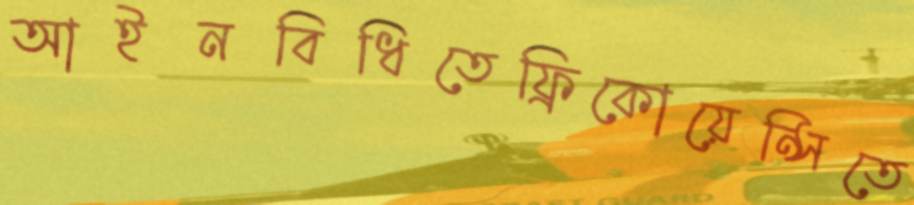
আইনবিধিতেফ্রিকোয়েন্সিতে